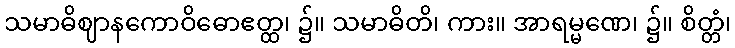
သမာဓိဈာနကောဝိဓောဧတ္ထ၊ ၌။ သမာဓိတိ၊ ကား။ အာရမ္မဏေ၊ ၌။ စိတ္တံ၊